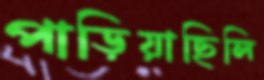
পাড়িয়াছিলি